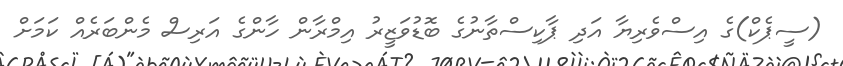
(ސީޕެކް)ގެ އިސްވެރިޔާ އަދި ޕާކިސްތާނުގެ ބޮޑުވަޒީރު އިމްރާން ހާންގެ އަރިސް މެންބަރެއް ކަމަށް